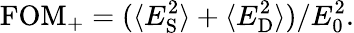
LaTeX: \mathrm{FOM}_{+}=(\langle E_{\mathrm{S}}^{2}\rangle+\langle E_{\mathrm{D}}^{2}\rangle)/E_{0}^{2}.